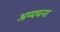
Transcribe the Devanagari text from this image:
अप्पचना